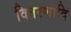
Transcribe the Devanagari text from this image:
वितरणादि